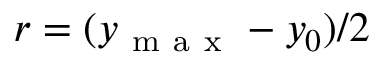
r = ( y _ { \mathrm { ~ m ~ a ~ x ~ } } - y _ { 0 } ) / 2